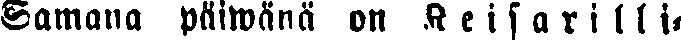
Samana päiwänä on K e i s a r i l l i-